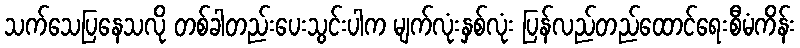
သက်သေပြနေသလို တစ်ခါတည်းပေးသွင်းပါက မျက်လုံးနှစ်လုံး ပြန်လည်တည်ထောင်ရေးစီမံကိန်း